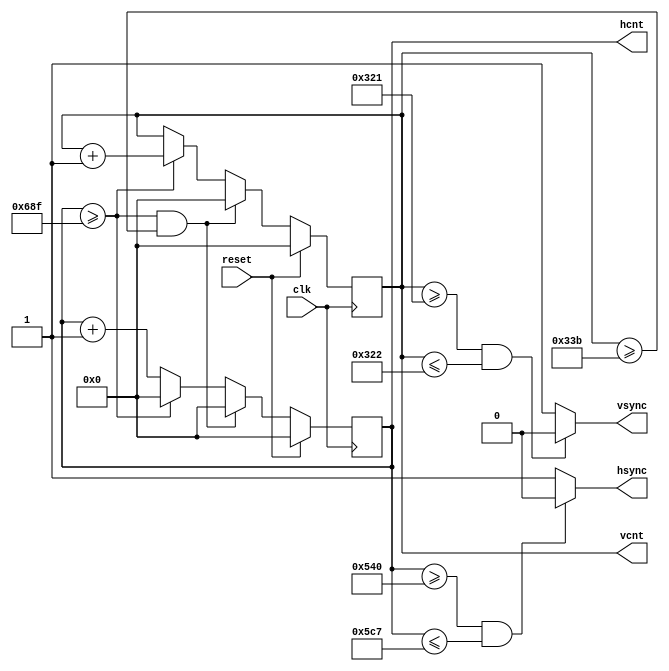
`timescale 1ns / 1ps
//////////////////////////////////////////////////////////////////////////////////
// Company: 
// Engineer: 
// 
// Design Name: 
// Module Name: vga
// Project Name: 
// Target Devices: 
// Tool Versions: 
// Description: 
// 
// Dependencies: 
// 
// Revision:
// Revision 0.01 - File Created
// Additional Comments:
// 
//////////////////////////////////////////////////////////////////////////////////


module vga(clk,reset,hsync,vsync,hcnt,vcnt);
    input clk,reset;
    output reg hsync,vsync;
    output reg[10:0]hcnt,vcnt;
    
    always@(posedge clk)begin
        if(reset)begin
            hcnt<=0;vcnt<=0;
        end
        else begin
            if(hcnt>=11'd1679&&vcnt>=11'd827)begin
                hcnt<=0;vcnt<=0;
            end
            else if(hcnt>=11'd1679)begin
                hcnt<=0;vcnt<=vcnt+1'b1;
            end
            else
                hcnt<=hcnt+1'b1;
        end
    end
    
    always@*begin
        if(hcnt>=11'd1344&&hcnt<=11'd1479)hsync=0;
        else hsync=1'b1;
        if(vcnt>=11'd801&&vcnt<=11'd802)vsync=0;
        else vsync=1'b1;
    end
endmodule